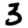
Digit: 3